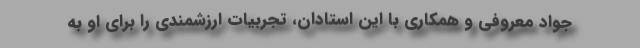
جواد معروفی و همکاری با این استادان، تجربیات ارزشمندی را برای او به